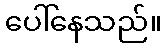
ပေါ်နေသည်။